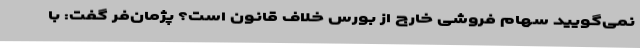
نمی‌گویید سهام فروشی خارج از بورس خلاف قانون است؟ پژمان‌فر گفت: با